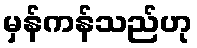
မှန်ကန်သည်ဟု